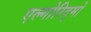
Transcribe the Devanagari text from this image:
एल्गोरिद्मों